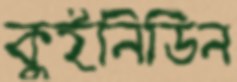
কুইনিডিন